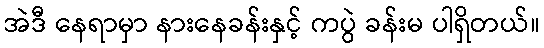
အဲဒီ နေရာမှာ နားနေခန်းနှင့် ကပွဲ ခန်းမ ပါရှိတယ်။